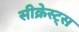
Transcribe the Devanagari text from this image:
सीक्रेस्ट्स